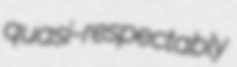
quasi-respectably